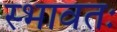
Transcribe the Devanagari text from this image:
स्भावतः